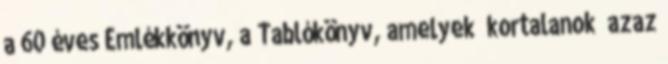
a 60 éves Emlékkönyv, a Tablókönyv, amelyek „kortalanok” azaz